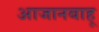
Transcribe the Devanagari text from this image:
आजानबाहू